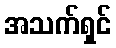
အသက်ရှင်